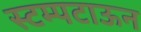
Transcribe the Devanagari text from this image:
स्टम्पटाऊन